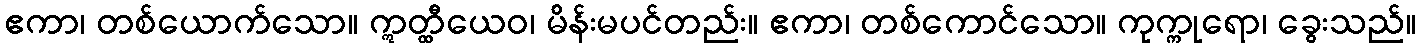
ဧကာ၊ တစ်ယောက်သော။ ဣတ္ထီယေဝ၊ မိန်းမပင်တည်း။ ဧကာ၊ တစ်ကောင်သော။ ကုက္ကုရော၊ ခွေးသည်။